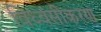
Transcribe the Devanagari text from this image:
विध्वंसीकरण